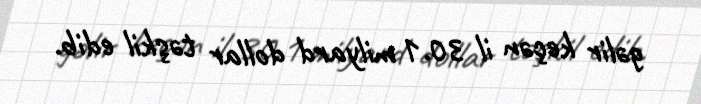
gəlir keçən il 30.1 milyard dollar təşkil edib.